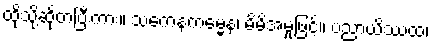
ထိုသို့ဆိုတပြီးကား။ သကေနကမ္မေန၊ မိမိအမှုဖြင့်။ ပညာယိဿထ၊